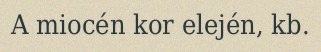
A miocén kor elején, kb.